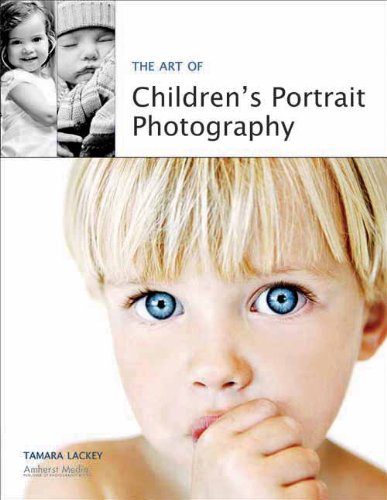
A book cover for The Art of Children's Portrait Photography; Tamara Lackey; Arts & Photography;